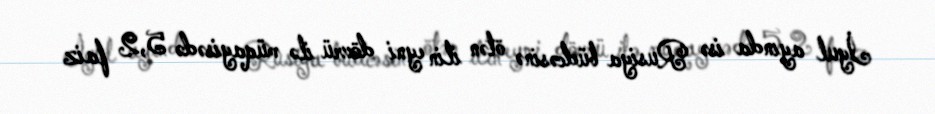
İyul ayında isə Rusiya büdcəsinə ötən ilin eyni dövrü ilə müqayisədə 5,2 faiz